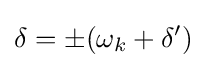
\delta =\pm (\omega _{k}+\delta ')